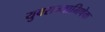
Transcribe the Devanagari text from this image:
युवराज्याभिषेक